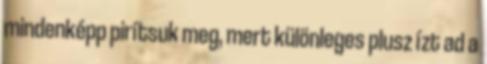
mindenképp pirítsuk meg, mert különleges plusz ízt ad a